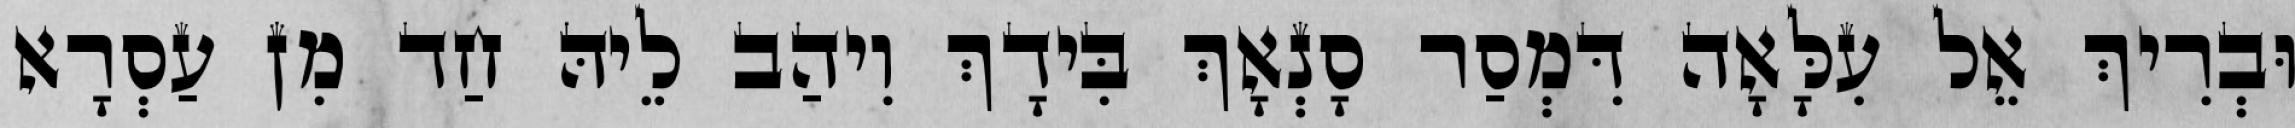
וּבְרִיךְ אֵל עִלָּאָה דִּמְסַר סָנְאָךְ בִּידָךְ וִיהַב לֵיהּ חַד מִן עַסְרָא